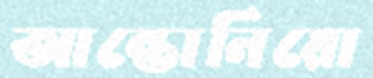
আন্তোনিয়ো